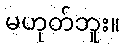
မဟုတ်ဘူး။